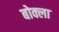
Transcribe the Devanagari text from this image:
बोक्ला